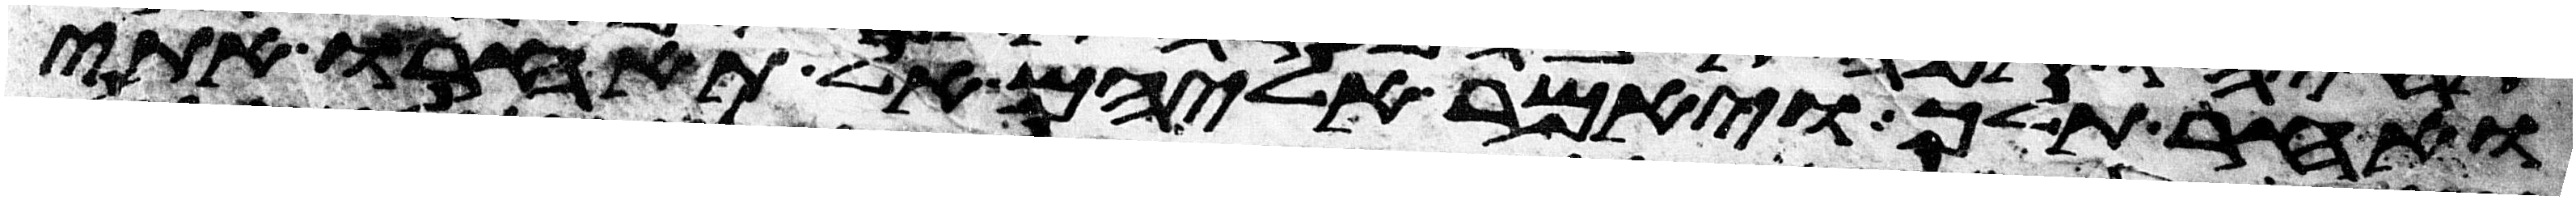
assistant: ואחר תלך ויאמר אליהם אל תאחרו אתי